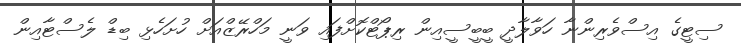
ސިޓީގެ އިސްވެރިންނާ ހަވާލާދީ ބީބީސީއިން ރިޕޯޓްކޮށްފައި ވަނީ މަހްރޭޒްއަށް ހުށަހެޅި ބިޑް ލެސްޓާއިން